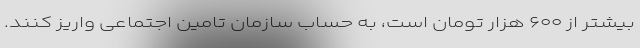
بیشتر از ۶۰۰ هزار تومان است، به حساب سازمان تامین اجتماعی واریز کنند.